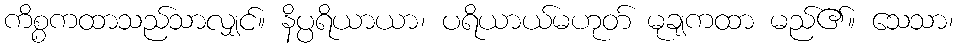
ကိစ္စကထာသည်သာလျှင်။ နိပ္ပရိယာယာ၊ ပရိယာယ်မဟုတ် မုချကထာ မည်၏။ သေသာ၊